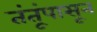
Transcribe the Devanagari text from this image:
तंतूंपासून